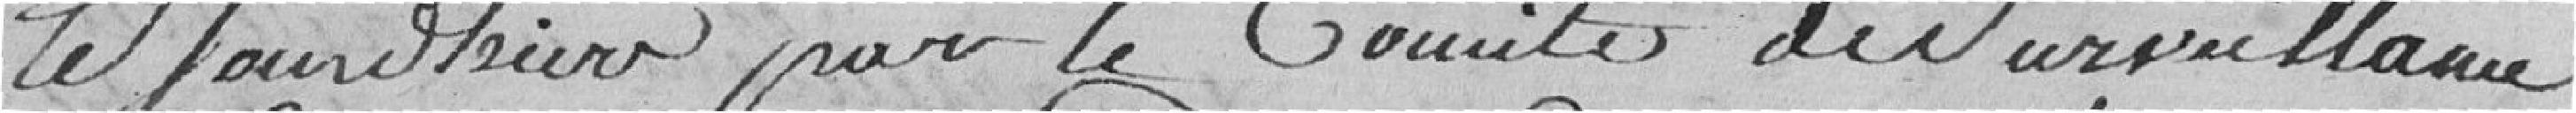
le jour d'hier par le Comité de surveillance